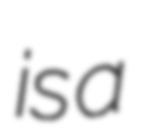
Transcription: is a